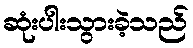
ဆုံးပါးသွားခဲ့သည်